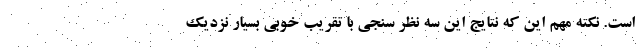
است. نکته مهم این که نتایج این سه نظر سنجی با تقریب خوبی بسیار نزدیک